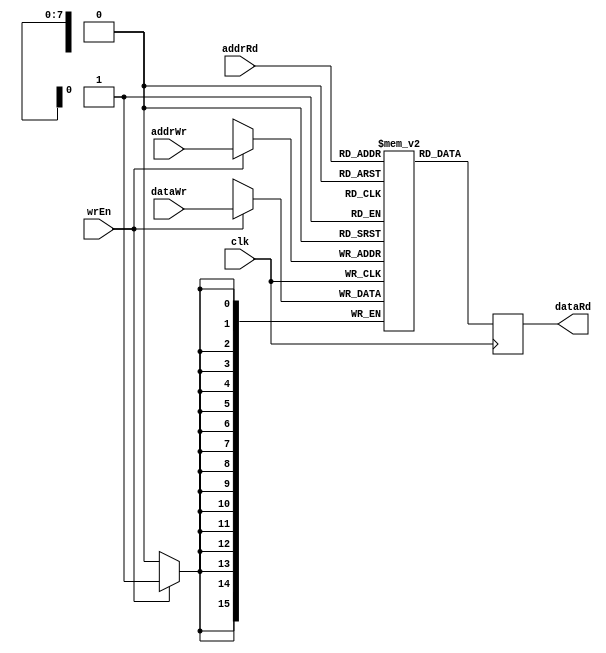
module mem1R1W(
		clk,
		//rd Port
		addrRd,
		dataRd,
		//wr port
		addrWr,
		dataWr,
		wrEn
);
input clk;
//rd Port
input [7:0] addrRd;
output reg [15:0] dataRd;
//wr port
input [7:0] addrWr;
input [15:0] dataWr;
input wrEn;

reg [15:0] array [0:255];

always@(posedge clk) begin
	dataRd <= array[addrRd];
	if(wrEn)
		array[addrWr] <= dataWr;
end

endmodule